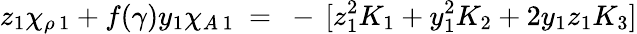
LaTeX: z_{1}\chi_{\rho\, 1}+f(\gamma)y_{1}\chi_{A\, 1}~=~-\, [z_{1}^{2}K_{1}+y_{1}^{2}K_{2}+2y_{1}z_{1}K_{3}]